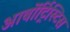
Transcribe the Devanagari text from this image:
आर्बोर्ट्रिस्टिस